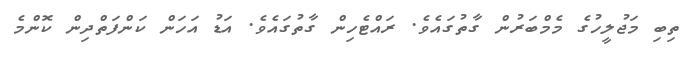
ތިބި މަޖުލީހުގެ މެމްބަރުން ގާތުގައެވެ. ރައްޓެހިން ގާތުގައެވެ. އަޑު އަހަން ކަންފަތްދިން ކޮންމެ